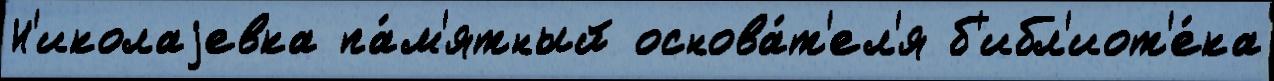
Н'иколаjевка па́м'ятный основа́т'ел'я б'ибл'иот'е́ка